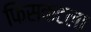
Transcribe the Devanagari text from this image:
फिसकटला